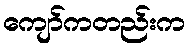
ကျော်ကတည်းက